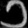
Digit: ၁